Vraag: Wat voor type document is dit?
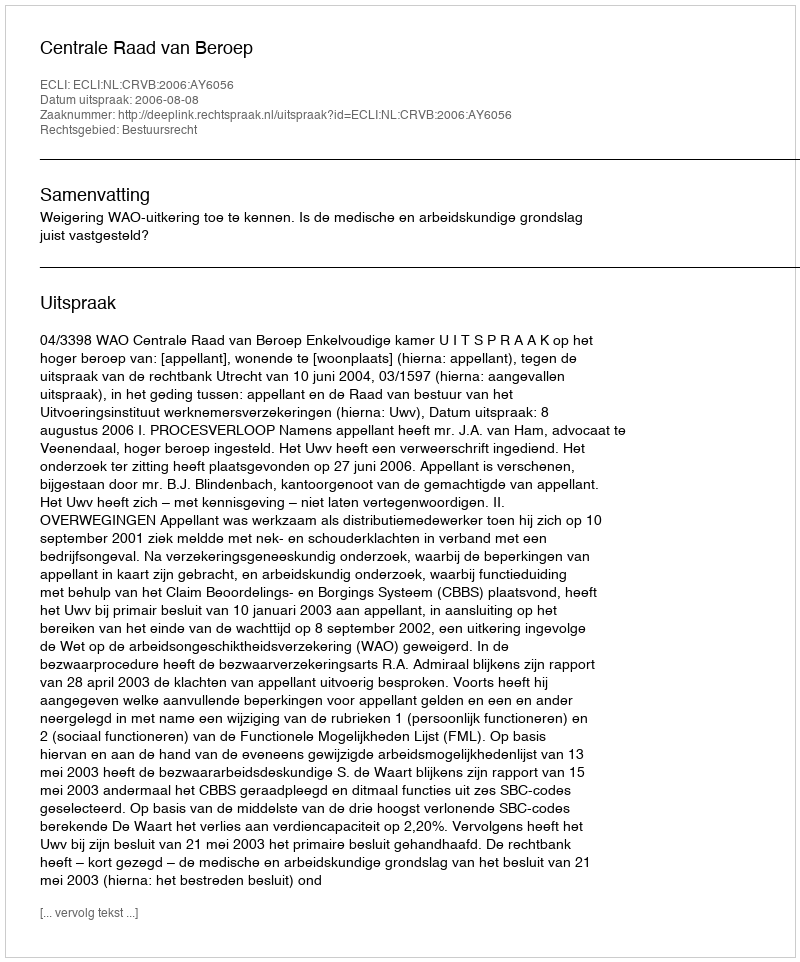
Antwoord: Uitspraak